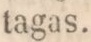
tagas.